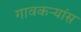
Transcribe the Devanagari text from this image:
गावकऱ्यांस